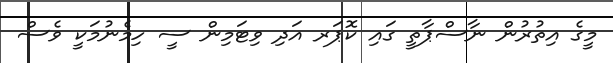
މީގެ އިތުރުން ނާސްޕާތީ ގައި ކޮޕަރ އަދި ވިޓަމިން ސީ ހިމެނުމަކީ ވެސް